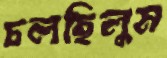
চলছিলুম